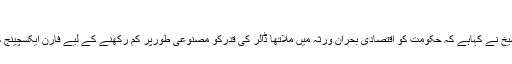
ناچ نہ جانے - حبیب الرحمن - Daleel.Pk
وزیراعظم کے مشیربرائے خزانہ ومحصولات ڈاکٹرعبدالحفیظ شیخ نے کہاہے کہ حکومت کو اقتصادی بحران ورثہ میں ملاتھا ڈالر کی قدرکو مصنوعی طورپر کم رکھنے کے لیے فارن ایکسچینج کو جھونکا گیا جس سے زرمبادلہ کے ذخائر میں بڑی کمی آئی۔